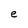
Character: e